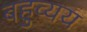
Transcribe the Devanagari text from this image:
बहुव्यय